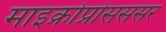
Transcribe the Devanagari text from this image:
माइक्रोप्रोसससर